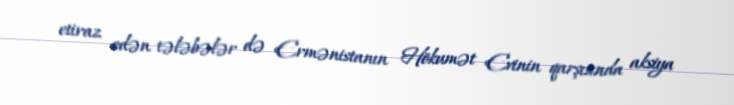
etiraz edən tələbələr də Ermənistanın Hökumət Evinin qarşısında aksiya